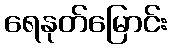
ရေနုတ်မြောင်း